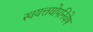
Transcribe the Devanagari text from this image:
स्वयत्तयोपनिवेष